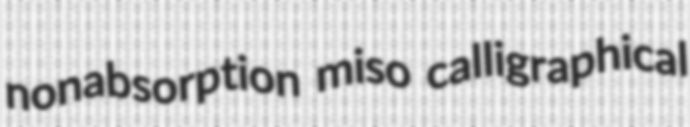
nonabsorption miso calligraphical